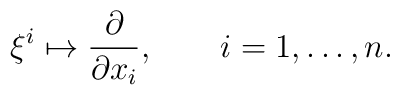
\xi^i\mapsto \frac{\partial}{\partial x_i},\qquad i=1,\dots ,n.